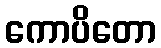
ကောပိတော